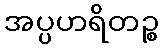
အပ္ပဟရိတဉ္စ